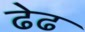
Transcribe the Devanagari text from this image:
ढेढ